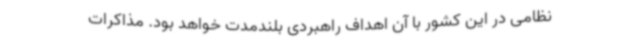
نظامی در این کشور با آن اهداف راهبردی بلندمدت خواهد بود. مذاکرات